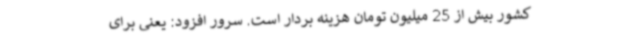
کشور بیش از 25 میلیون تومان هزینه بردار است. سرور افزود: یعنی برای